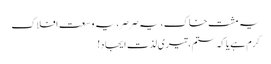
یہ مشت خاک، یہ صرصر، یہ وسعت افلاک
کرم ہے یا کہ ستم، تیری لذت ایجاد!